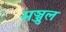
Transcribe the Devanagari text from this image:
मञ्जुल